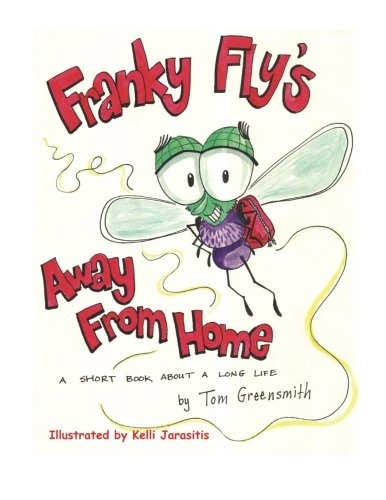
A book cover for Franky Fly's Away From Home: A Short Book About a Long Life; Tom Greensmith; Parenting & Relationships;